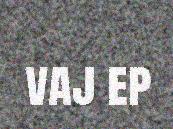
vaj ep